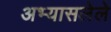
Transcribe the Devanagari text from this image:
अभ्यासलेले